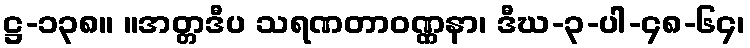
ဋ္ဌ-၁၃၈။ ။အတ္တဒီပ သရဏတာဝဏ္ဏနာ၊ ဒီဃ-၃-ပါ-၄၈-၆၄၊